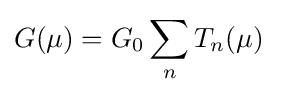
G(\mu )=G_{0}\sum _{n}T_{n}(\mu )\